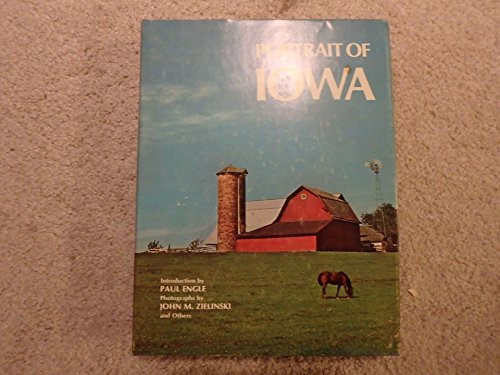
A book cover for Portrait of Iowa; Paul (Intro) Engle; Travel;